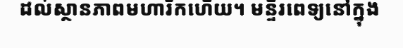
ដល់ស្ថានភាពមហារីកហើយ។ មន្ទីរពេទ្យនៅក្នុង